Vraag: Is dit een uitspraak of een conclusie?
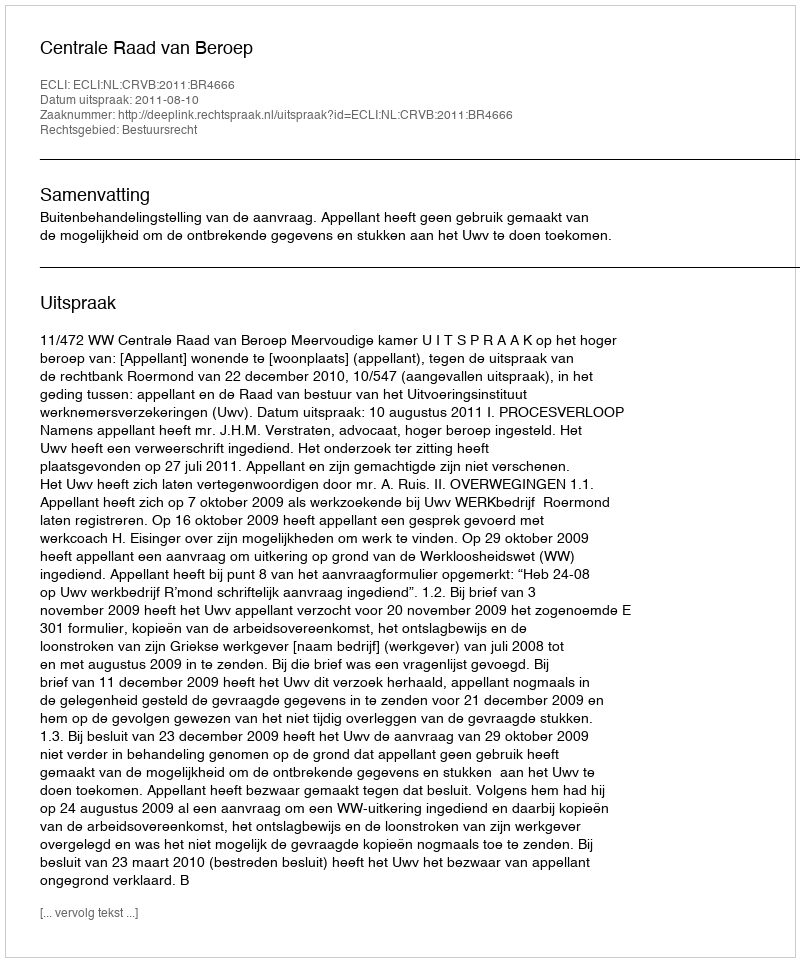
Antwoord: Uitspraak